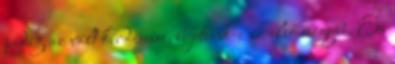
pedig az vált kérdésessé, bejutunk-e az első négybe. És